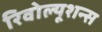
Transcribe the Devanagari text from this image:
रिवोल्यूशन्स